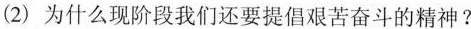
(2)为什么现阶段我们还要提倡艰苦奋斗的精神?